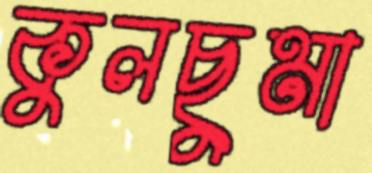
কুলছুমা